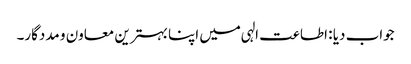
جواب دیا : اطاعت الہی میں اپنا بہترین معاون و مددگار۔